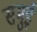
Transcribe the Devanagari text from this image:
समुई